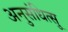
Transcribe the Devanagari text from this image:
अनुसंधित्सु